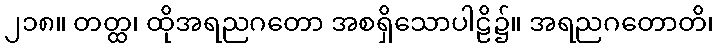
၂၁၈။ တတ္ထ၊ ထိုအရညဂတော အစရှိသောပါဠိ၌။ အရညဂတောတိ၊